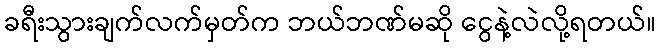
ခရီးသွားချက်လက်မှတ်က ဘယ်ဘဏ်မဆို ငွေနဲ့လဲလို့ရတယ်။